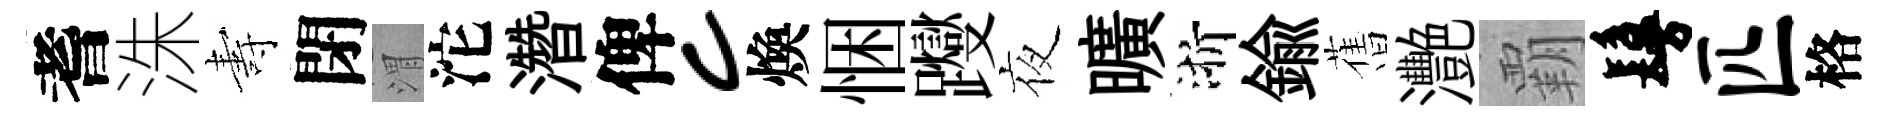
耆洙夀閉渭沱濳俾c煥悃躞夜曠浙鍮𦾔灧覇鬘匹格